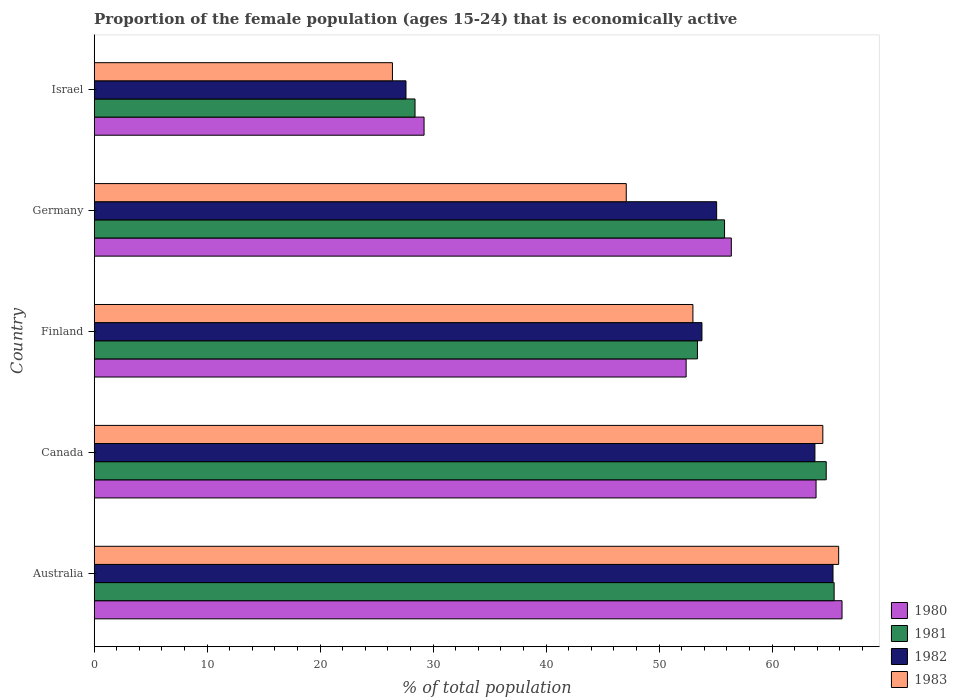
| Country | 1980 | 1981 | 1982 | 1983 |
 | --- | --- | --- | --- | --- |
 | Australia | 66.2 | 65.5 | 65.4 | 65.9 |
 | Canada | 63.9 | 64.8 | 63.8 | 64.5 |
 | Finland | 52.4 | 53.4 | 53.8 | 53 |
 | Germany | 56.4 | 55.8 | 55.1 | 47.1 |
 | Israel | 29.2 | 28.4 | 27.6 | 26.4 |